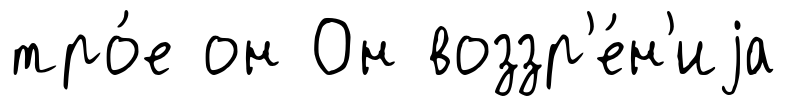
тро́е он Он воззр'е́н'иjа